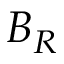
B _ { R }